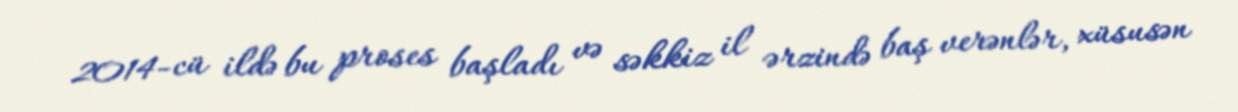
2014-cü ildə bu proses başladı və səkkiz il ərzində baş verənlər, xüsusən